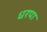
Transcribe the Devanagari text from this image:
धरपा